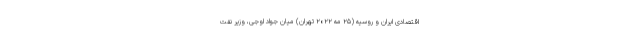
اقتصادی ایران و روسیه (۲۵ مه ۲۰۲۲ تهران) میان جواد اوجی، وزیر نفت